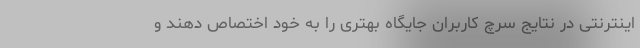
اینترنتی در نتایج سرچ کاربران جایگاه بهتری را به خود اختصاص دهند و